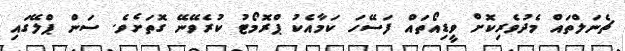
ޗެނަލްތައް މެދުވެރިކޮށް ވީޑިއޯތައް ފަސޭހަ ކަމާއެކު ޕްރޮމޯޓު ކުރެވޭނޭ ގޮތަށެވެ. ސަން ޕްލޭގައި